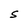
Character: S